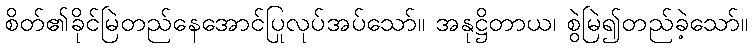
စိတ်၏ခိုင်မြဲတည်နေအောင်ပြုလုပ်အပ်သော်။ အနုဋ္ဌိတာယ၊ စွဲမြဲ၍တည်ခဲ့သော်။